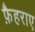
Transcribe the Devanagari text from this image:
फ़ैहराए